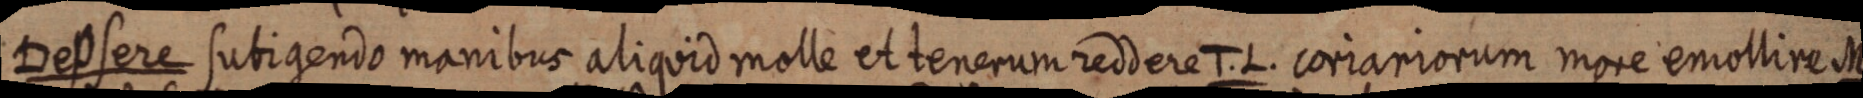
Depsere subigendo manibus aliquid molle et tenerum reddere T. L. coriariorum more emollire M